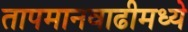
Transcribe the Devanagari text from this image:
तापमानवाढीमध्ये